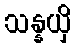
သန္နယှိ